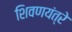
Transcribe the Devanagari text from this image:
शिवणयंत्रे